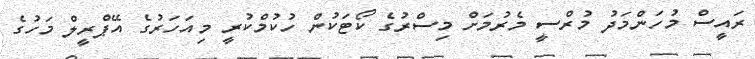
ރައީސް މުހަންމަދު މުރްސީ މެރުމަށް މިސްރުގެ ކޯޓަކުން ހުކުމްކުރީ މިއަހަރުގެ އޭޕްރީލް މަހުގެ